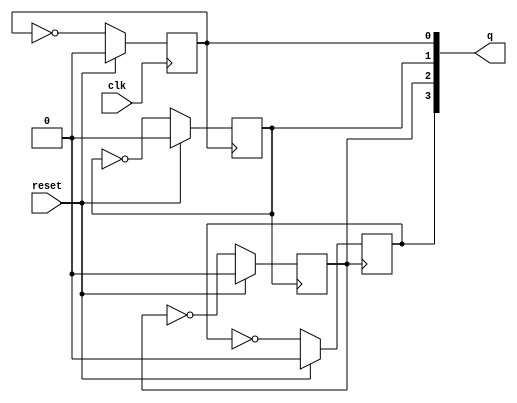
module ripple(q,clk,reset);
  output reg [3:0]q;
  input clk,reset;
  parameter tin=1'b1;
  
  always@(negedge clk)
  begin
    if(reset==1'b1)
      begin
      q[0]=1'b0;
    end
  else if(tin==1'b1)
    begin
      q[0]=~q[0];
    end
  end
  
    always@(negedge q[0])
  begin
    if(reset==1'b1)
      begin
      q[1]=1'b0;
    end
  else if(tin==1'b1)
    begin
      q[1]=~q[1];
    end
  end
  
      always@(negedge q[1])
  begin
    if(reset==1'b1)
      begin
      q[2]=1'b0;
    end
  else if(tin==1'b1)
    begin
      q[2]=~q[2];
    end
  end
  
  always@(negedge q[2])
  begin
    if(reset==1'b1)
      begin
      q[3]=1'b0;
    end
   else if(tin==1'b1)
    begin
      q[3]=~q[3];
    end
  end
endmodule


//tst bnch

module t_ripple();
  
  wire [3:0]q;
  reg clk,reset;
  
  ripple a1(q,clk,reset);
  
  always
  begin
    #10;
    clk=~clk;
  end
  
  initial
  begin
    clk=1'b0;
    reset=1'b1;
    #20;
    reset=1'b0;
  end
endmodule